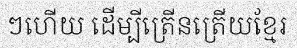
ៗហើយ ដើម្បីត្រើនត្រើយខ្មែរ